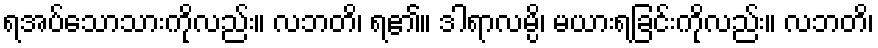
ရအပ်သောသားကိုလည်း။ လဘတိ၊ ရ၏။ ဒါရာလမ္ပိ၊ မယားရခြင်းကိုလည်း။ လဘတိ၊